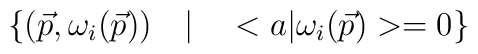
\left\{ ( \vec{p},\omega_{i}(\vec{p}) ) \quad | \quad <a| \omega_{i} ( \vec{p} ) >=0 \right\}